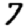
Digit: 7